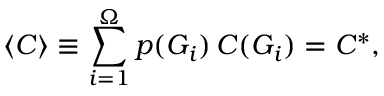
\langle C \rangle \equiv \sum _ { i = 1 } ^ { \Omega } p ( G _ { i } ) \, C ( G _ { i } ) = C ^ { * } ,